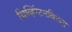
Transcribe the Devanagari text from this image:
चिव्हिंग्टनविरुद्ध